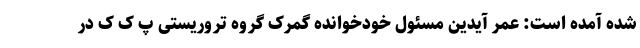
شده آمده است: عمر آیدین مسئول خودخوانده گمرک گروه تروریستی پ ک ک در